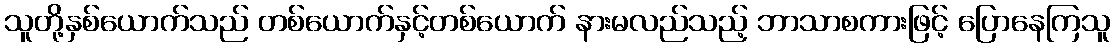
သူတို့နှစ်ယောက်သည် တစ်ယောက်နှင့်တစ်ယောက် နားမလည်သည့် ဘာသာစကားဖြင့် ပြောနေကြသူ